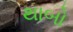
થાબો